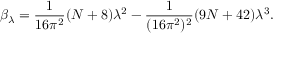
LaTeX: \beta _ { \lambda } = \frac { 1 } { 1 6 \pi ^ { 2 } } ( N + 8 ) { \lambda } ^ { 2 } - \frac { 1 } { ( 1 6 \pi ^ { 2 } ) ^ { 2 } } ( 9 N + 4 2 ) { \lambda } ^ { 3 } .